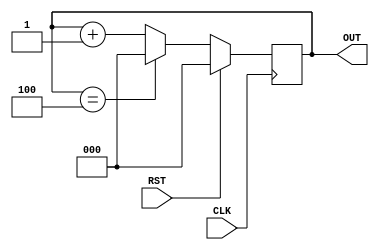
module MNC_design #(
    parameter N = 5,
    parameter W = 3
)(
    input CLK, RST,
    output reg [W - 1:0] OUT
);

    always @ (posedge CLK) begin
        if (RST) begin
            OUT <= 0;
        end else begin
            if (OUT == N - 1)
                OUT <= 0;
            else
                OUT <= OUT + 1;
        end
    end

endmodule